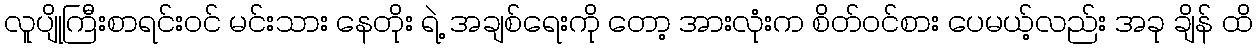
လူပျိုကြီးစာရင်းဝင် မင်းသား နေတိုး ရဲ့ အချစ်ရေးကို တော့ အားလုံးက စိတ်ဝင်စား ပေမယ့်လည်း အခု ချိန် ထိ